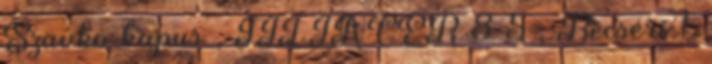
Szavko kapus , TILINGER 8 5 , Becséri 1,